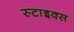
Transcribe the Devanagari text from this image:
स्टाइक्स